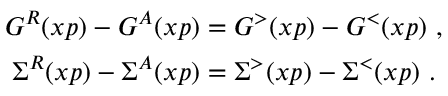
\begin{array} { c } { { G ^ { R } ( x p ) - G ^ { A } ( x p ) = G ^ { > } ( x p ) - G ^ { < } ( x p ) \mathrm { ~ , } \vphantom { \biggl ] } } } \\ { { \Sigma ^ { R } ( x p ) - \Sigma ^ { A } ( x p ) = \Sigma ^ { > } ( x p ) - \Sigma ^ { < } ( x p ) \mathrm { ~ . } } } \end{array}